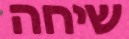
שיחה